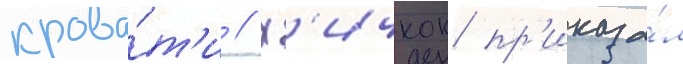
крова́т'и // Х'ичкок пр'иказа́л